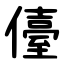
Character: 儓